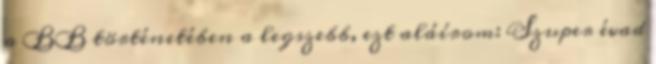
a BB történetében a legszebb, ezt aláírom: Szuper évad